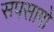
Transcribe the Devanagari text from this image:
सपसागो